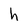
Character: h